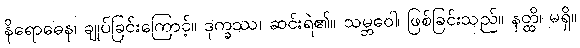
နိရောဓေန၊ ချုပ်ခြင်းကြောင့်။ ဒုက္ခဿ၊ ဆင်းရဲ၏။ သမ္ဘဝေါ၊ ဖြစ်ခြင်းသည်။ နတ္ထိ၊ မရှိ။